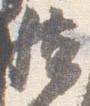
然